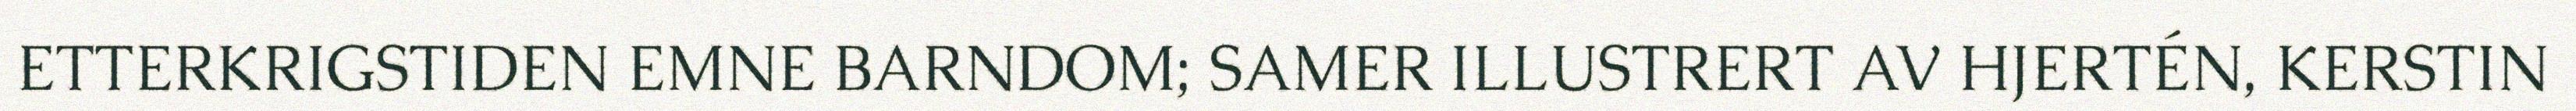
ETTERKRIGSTIDEN EMNE BARNDOM; SAMER ILLUSTRERT AV HJERTÉN, KERSTIN